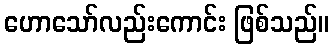
ဟောသော်လည်းကောင်း ဖြစ်သည်။